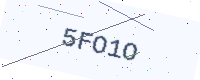
Text: 5FO1O